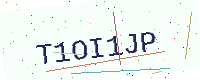
Text: T1OI1JP